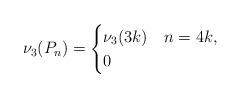
LaTeX: \begin{align*}\nu_3 (P_n ) =\begin{cases}\nu_3(3k)& n=4k, \\0 & \end{cases}\end{align*}